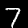
Digit: 7